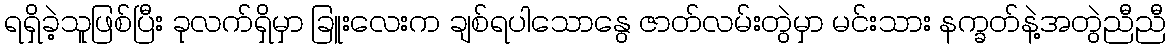
ရရှိခဲ့သူဖြစ်ပြီး ခုလက်ရှိမှာ ခြူးလေးက ချစ်ရပါသောနွေ ဇာတ်လမ်းတွဲမှာ မင်းသား နက္ခတ်နဲ့အတွဲညီညီ